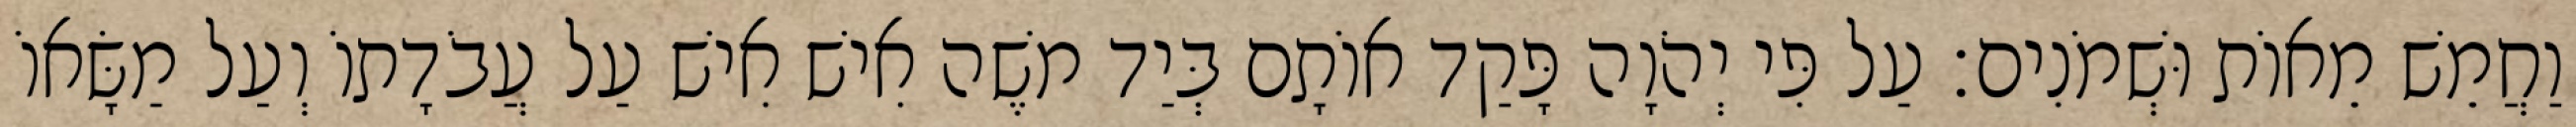
וַחֲמֵשׁ מֵאוֹת וּשְׁמֹנִים׃ עַל פִּי יְהֹוָה פָּקַד אוֹתָם בְּיַד משֶׁה אִישׁ אִישׁ עַל עֲבֹדָתוֹ וְעַל מַשָּׂאוֹ